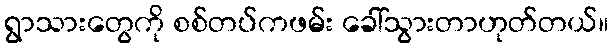
ရွာသားတွေကို စစ်တပ်ကဖမ်း ခေါ်သွားတာဟုတ်တယ်။